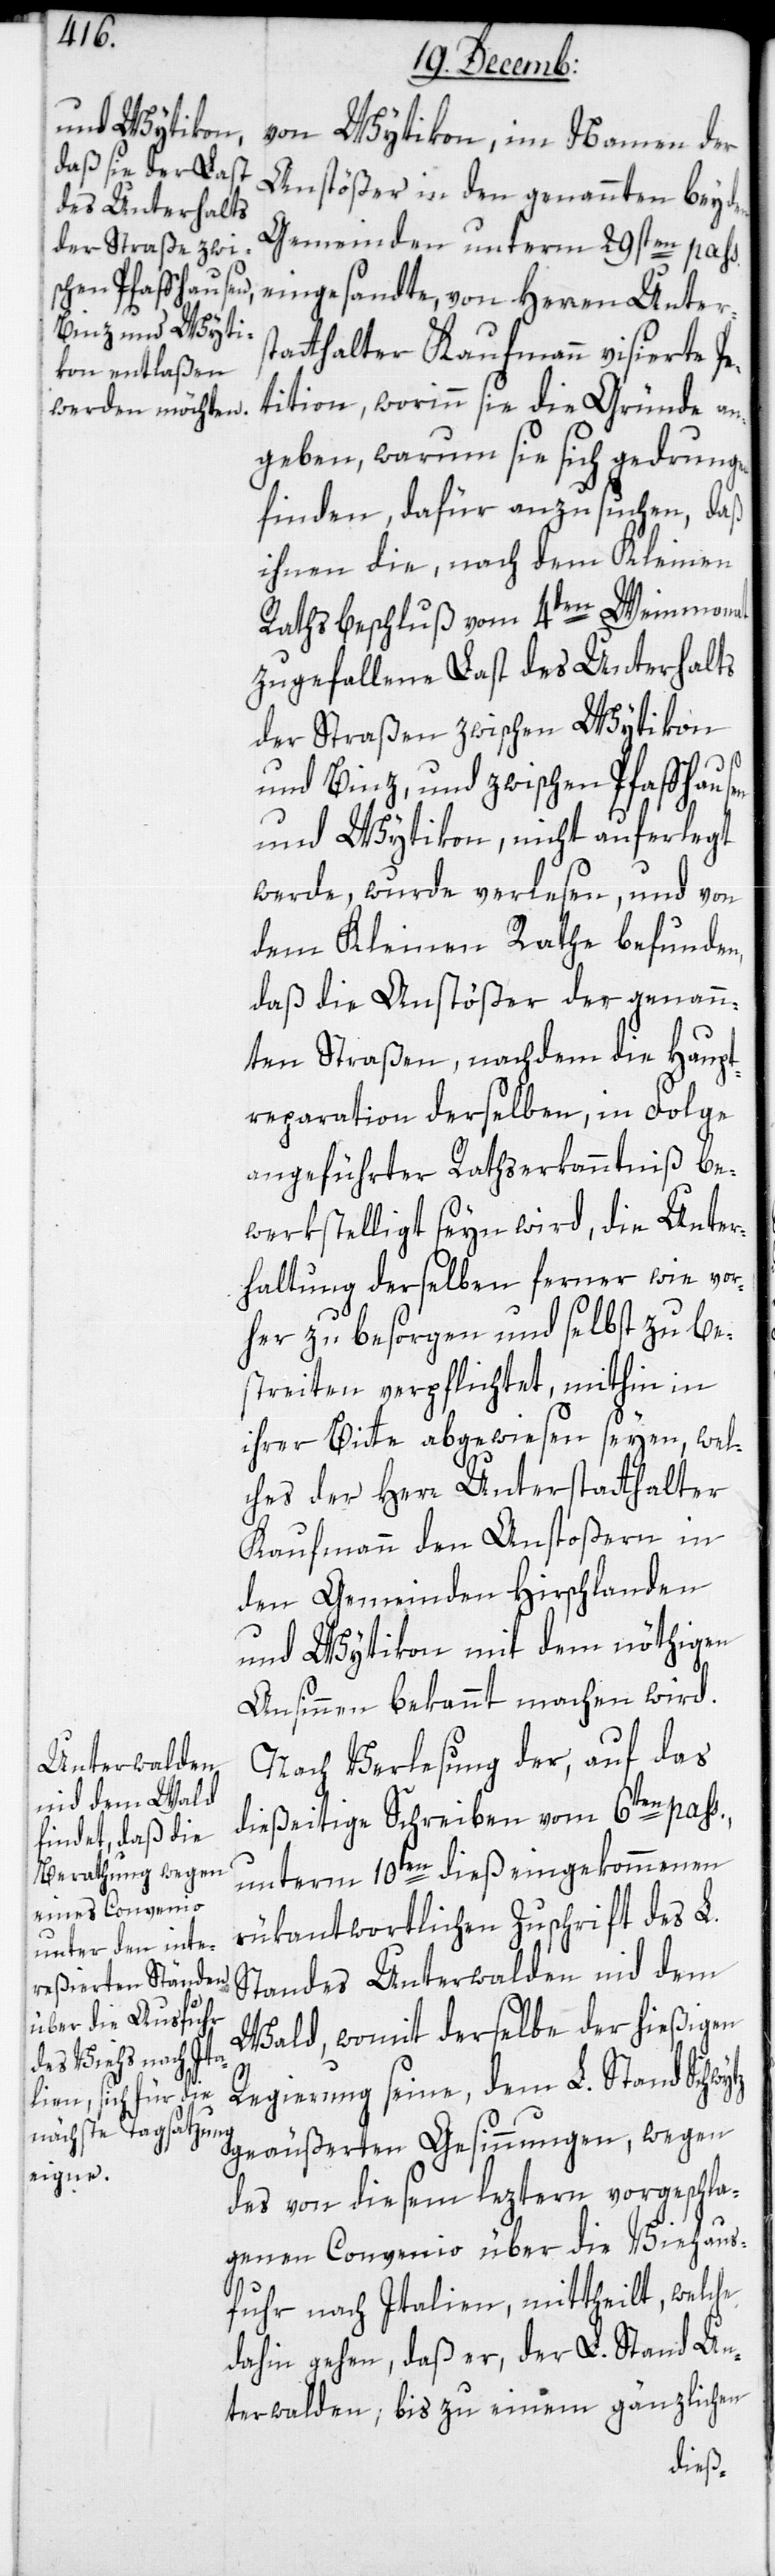
von Wytikon, im Namen der
Anstößer in den genannten beyden
Gemeinden unterm 29sten pass:
eingesandte, von Herren Unters¬
tatthalter Kaufmann visierte Pe¬
tition, worinn sie die Gründe an¬
geben, warum sie sich gedrungen
finden, dafür anzusuchen, daß
ihnen die nach dem Kleinen-
Rathsbeschluß vom 4ten Weinmonat
zugefallene Last des Unterhalts
der Straßen zwischen Wytikon
und Binz, und zwischen Pfaffhausen
und Wytikon, nicht auferlegt
werde, wurde verlesen, und von
dem Kleinen Rathe befunden,
daß die Anstößer der genann¬
ten Straßen, nachdem die Haupt¬
reparation derselben, in Folge
angeführter Rathserkanntniß be¬
werkstelligt seyn wird, die Unter¬
haltung derselben ferner wie vor¬
her zu besorgen und selbst zu be¬
streiten verpflichtet, mithin in
ihrer Bitte abgewiesen seyen, wel¬
ches der Herr Unterstatthalter
Kaufmann den Anstoßern in
den Gemeinden Hirschlanden
und Wytikon mit dem nöthigen
Ansinnen bekannt machen wird.
Nach Verlesung der auf das
dießeitige Schreiben vom 6ten pass.,
unterm 10ten dieß eingekommenen
rükantwortlichen Zuschrift des L.
Standes Unterwalden nid dem
Wald, womit derselbe der hießigen
Regierung seine, dem L. Stand Schwy¬
tz geäußerten Gesinnungen, wegen
des von diesem leztern vorgeschla¬
genen Convenio über die Viehaus¬
fuhr nach Italien, mittheilt, welche
dahin gehen, daß er, der L. Stand Un¬
terwalden, bis zu einem gänzlichen